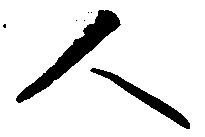
人